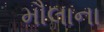
મૌલાના